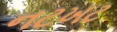
નટખટ